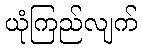
ယုံကြည်လျက်